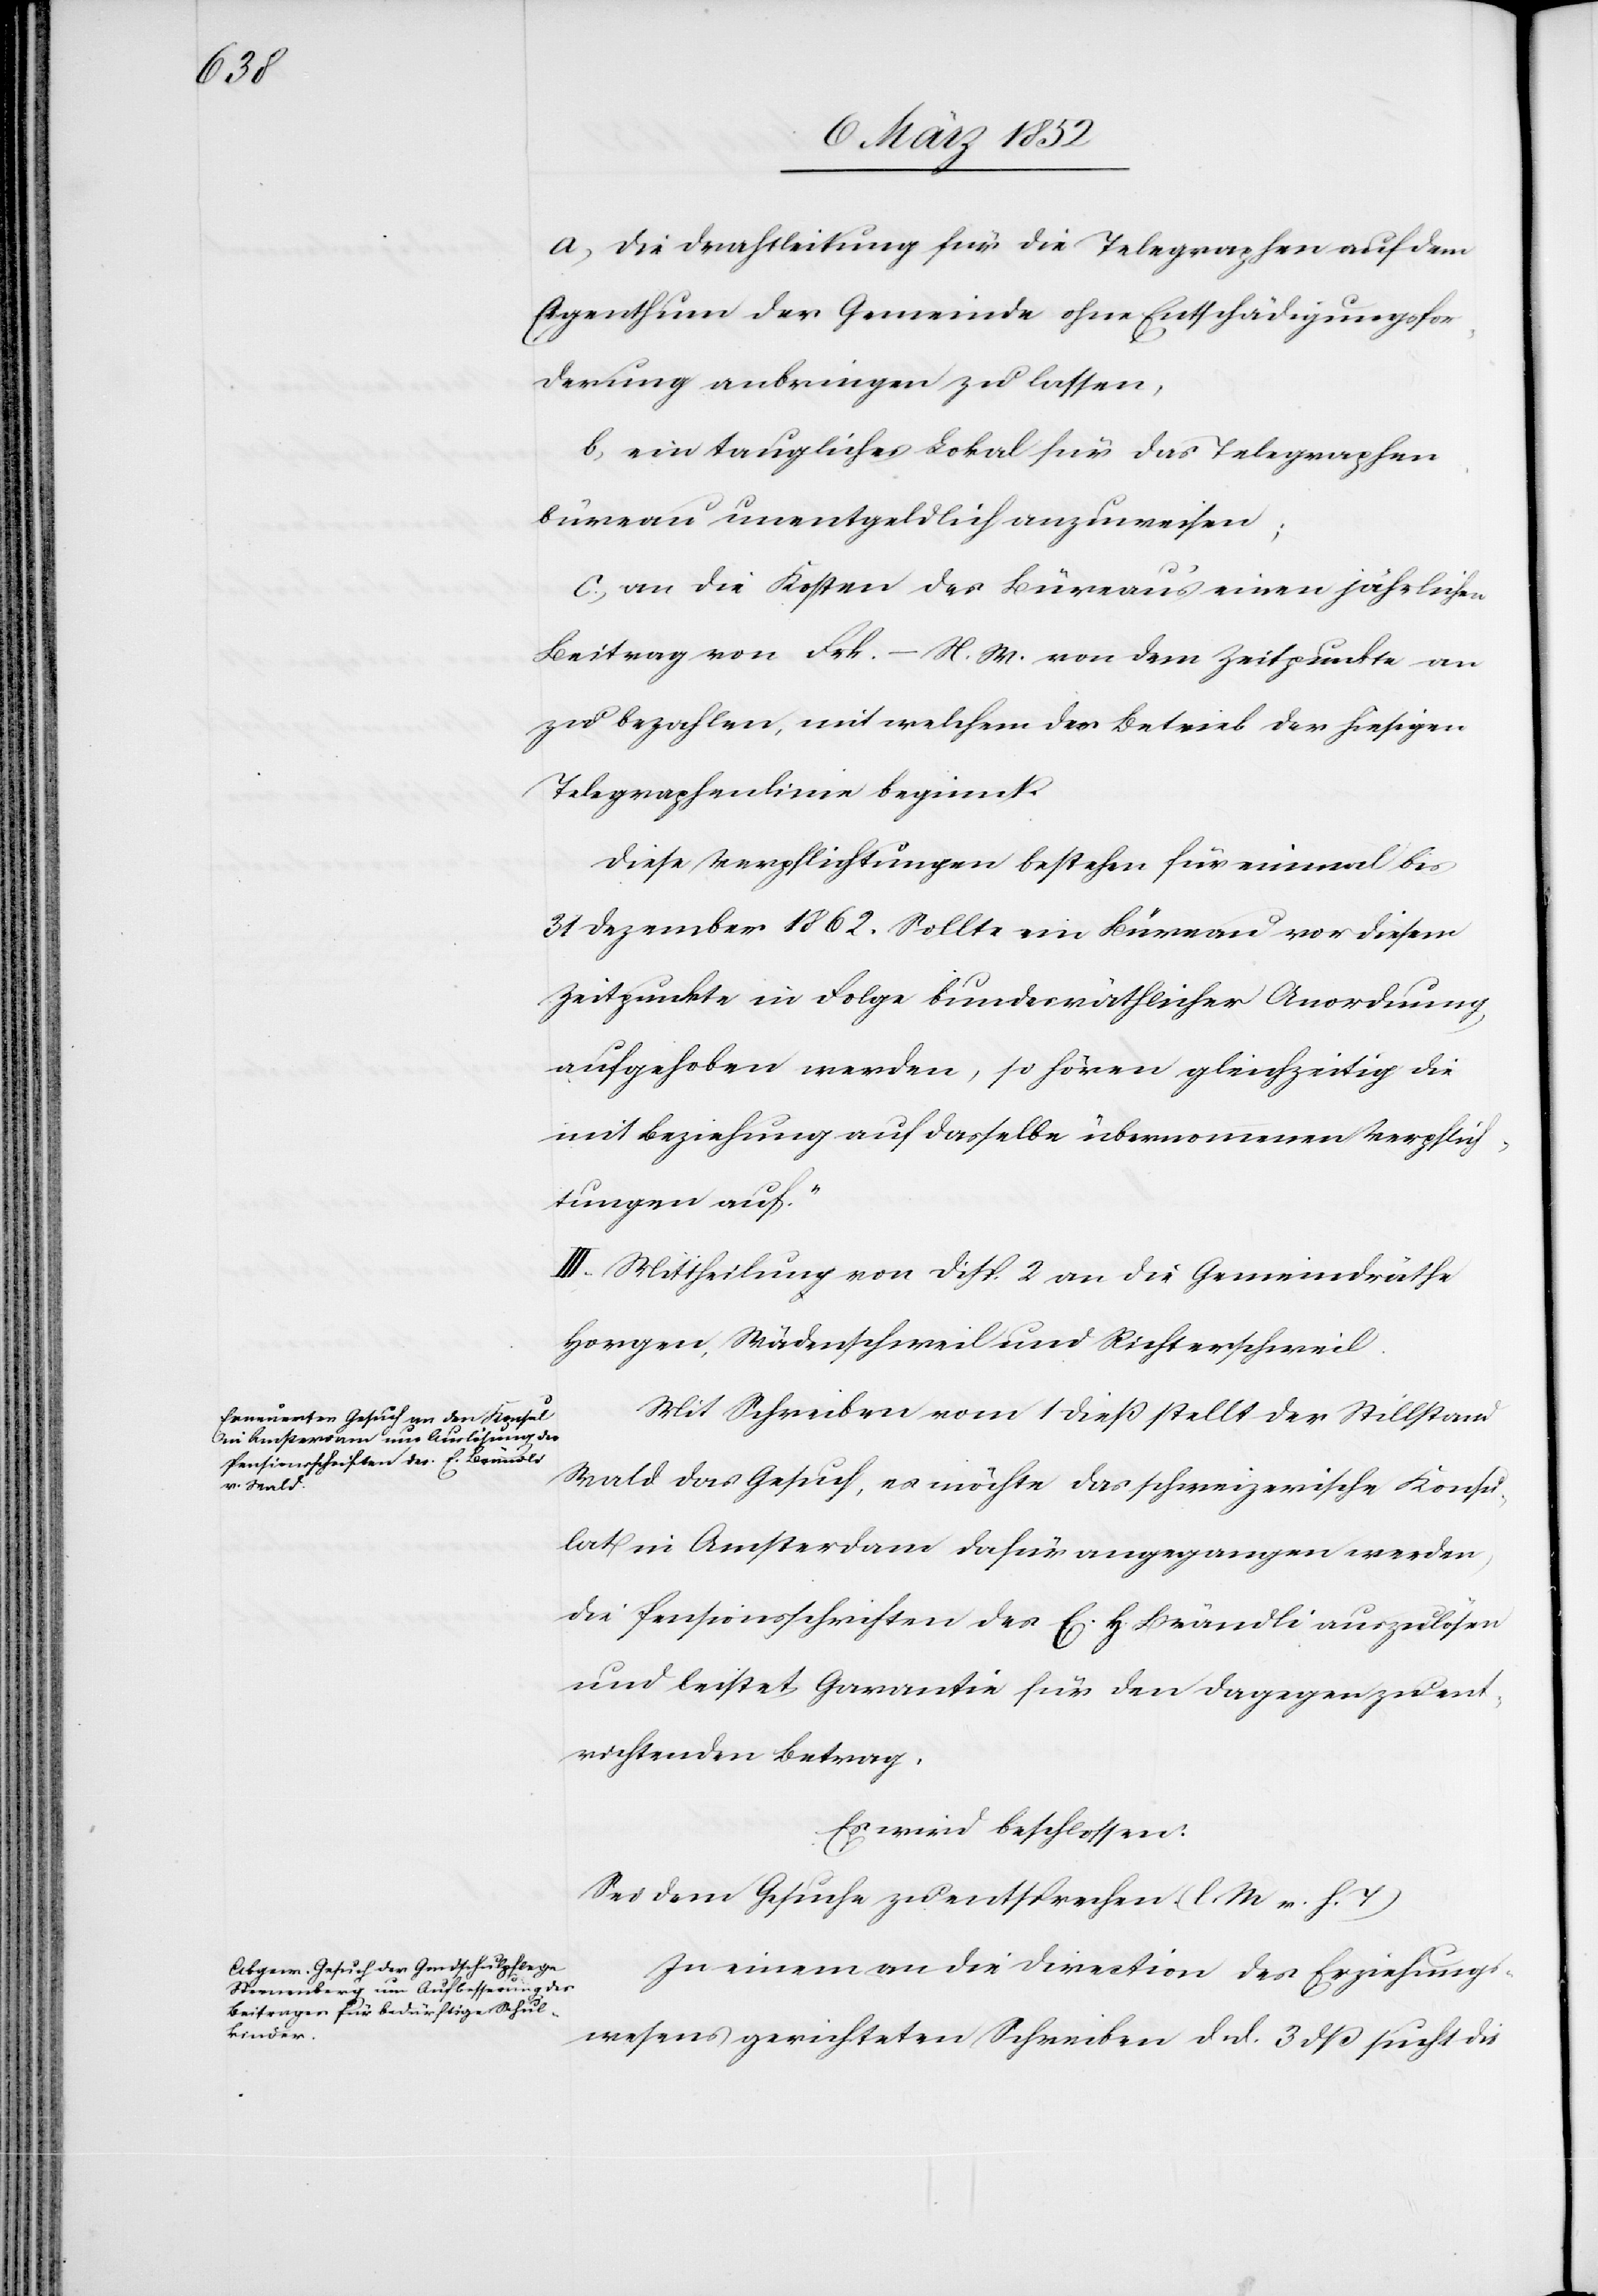
a) Die Drahtleitung für die Telegraphen auf dem
Eigenthum der Gemeinde ohne Entschädigungsfor¬
derung anbringen zu lassen,
b) ein taugliches Lokal für das Telegraphen¬
büreau unentgeldlich anzuweisen;
c) an die Kosten des Büreaus einen jährlichen
Beitrag von Frk. – N. W. von dem Zeitpunkte an
zu bezahlen, mit welchem der Betrieb der hiesigen
Telegraphenlinie beginnt.
Diese Verpflichtungen bestehen für einmal bis
31 Dezember 1862. Sollte ein Büreau vor diesem
Zeitpunkte in Folge bundesräthlicher Anordnung
aufgehoben werden, so hören gleichzeitig die
mit Beziehung auf dasselbe übernommenen Verpflich¬
tungen auf.“
III. Mittheilung von Disp. 2 an die Gemeindräthe
Horgen, Wädenschweil und Richterschweil.
Mit Schreiben vom 1 dieß stellt der Stillstand
Wald das Gesuch, es möchte das schweizerische Konsu¬
lat in Antwerpen dafür angegangen werden,
die Pensionsschriften des E. H. Brändli auszulösen
und leistet Garantie für den dagegen zu ent¬
richtenden Betrag.
Es wird beschlossen.
Sei dem Gesuche zu entsprechen. (l. M. v. h. T)
In einem an die Direction des Erziehungs¬
wesens gerichteten Schreiben d. d. 3 dieß sucht die